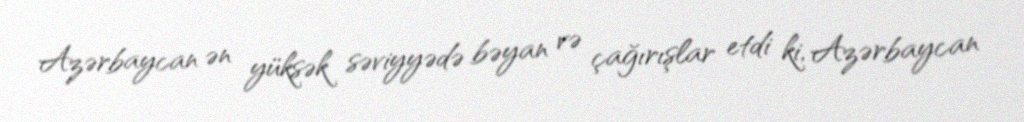
Azərbaycan ən yüksək səviyyədə bəyan və çağırışlar etdi ki, Azərbaycan